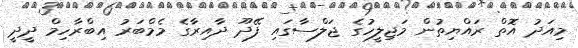
މިއަދު އޮތް ރައްޔިތުން މަޖިލީހުގެ ޖަލްސާގައި ފޭދޫ ދާއިރާގެ މެމްބަރު އިބްރާހިމް ދީދީ